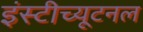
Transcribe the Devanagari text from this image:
इंस्टीच्यूटनल